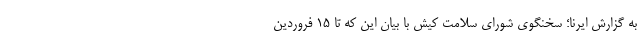
به گزارش ایرنا؛ سخنگوی شورای سلامت کیش با بیان این که تا ۱۵ فروردین